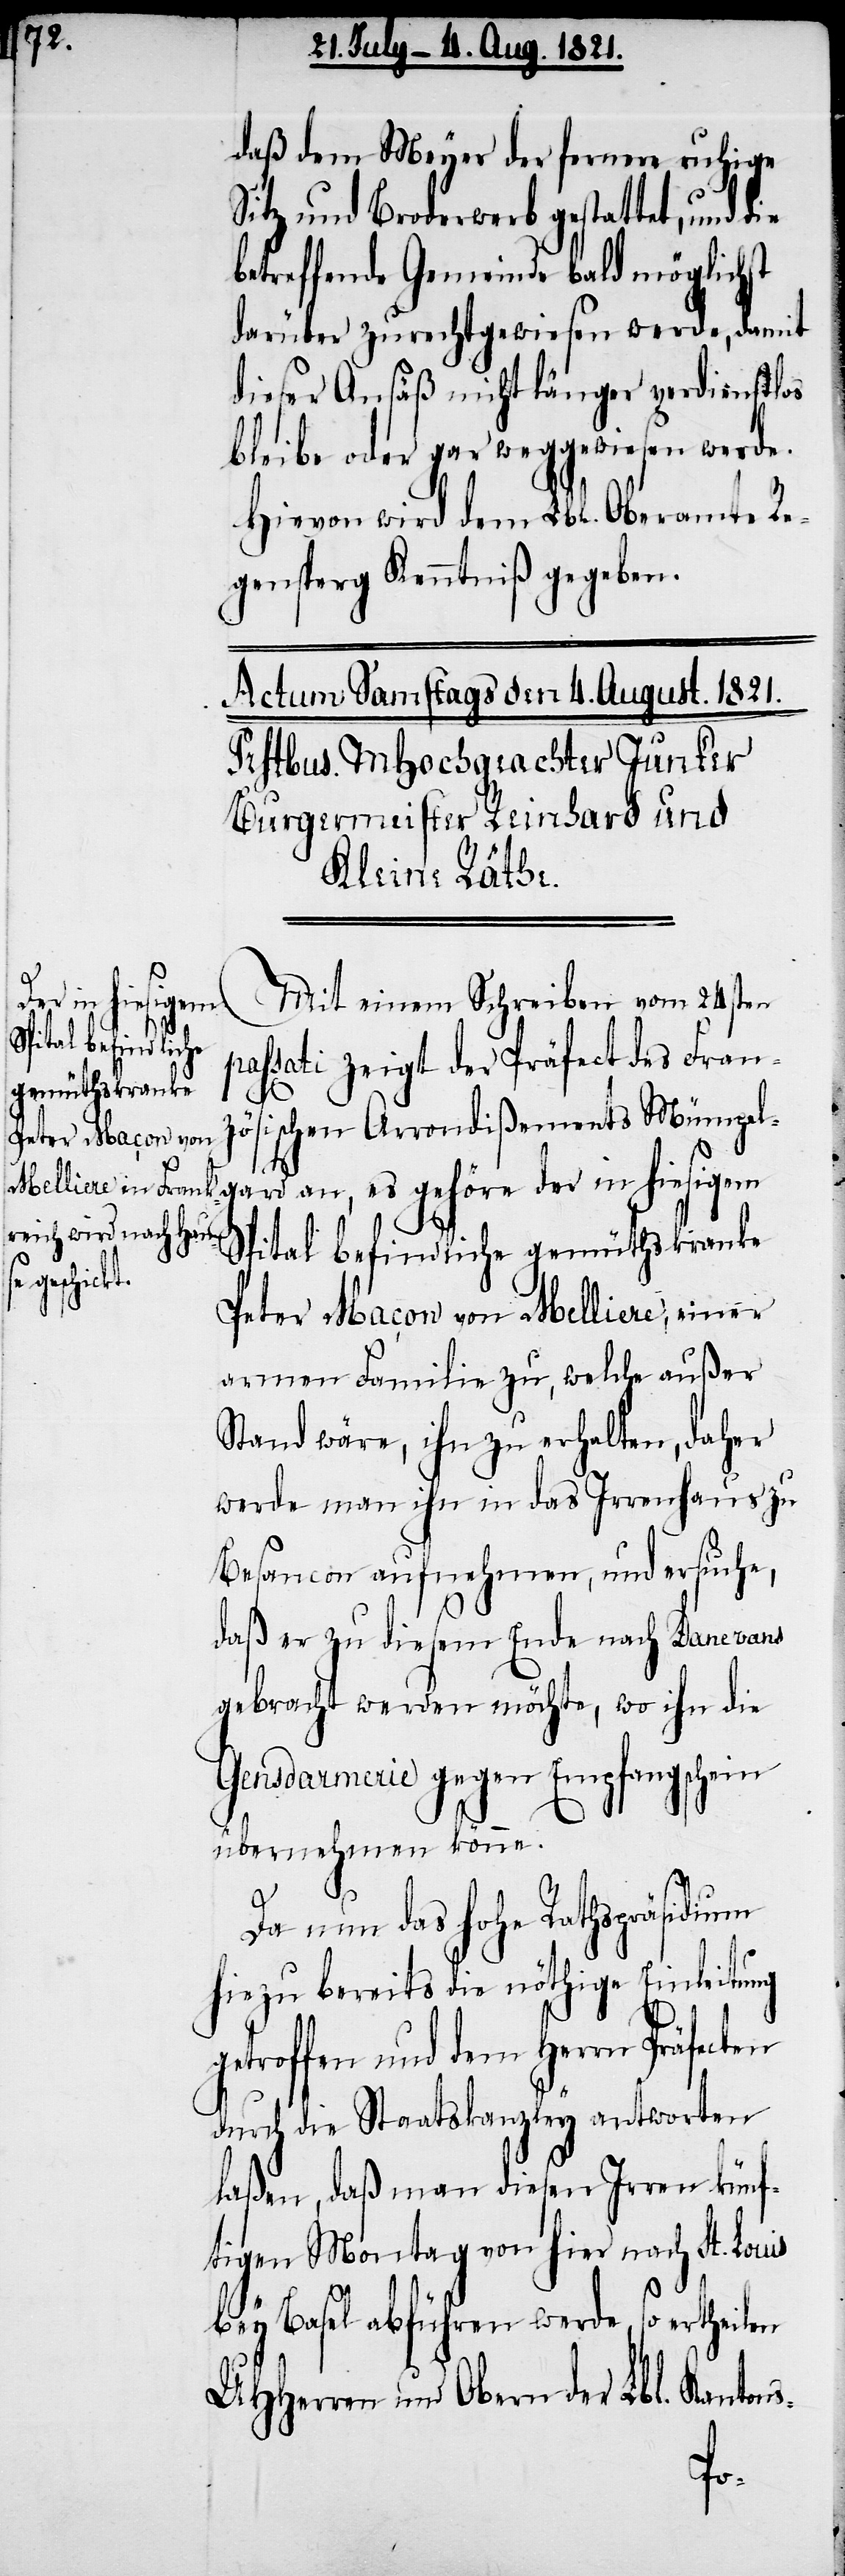
daß dem Meyer der fernere ruhige
Sitz und Broderwerb gestattet, und die
betreffende Gemeinde bald möglichst
darüber zurechtgewiesen werde, damit
dieser Ansäß nicht länger verdienstlos
bleibe oder gar weggewiesen werde.
Hievon wird dem Lbl. Oberamte Re¬
gensperg Kenntniß gegeben.
Mit einem Schreiben vom 24sten
Spital befindliche
passati zeigt der Präfect des Franz¬
gemüthskranke
ösischen Arrondißements Mümpel¬
gard an, es gehöre der in hiesigem
Peter Maçon von Melliere, einer
armen Familie zu, welche außer
Stand wäre, ihn zu erhalten, daher
werde man ihn in das Irrenhaus zu
Besancon aufnehmen, und ersuche,
daß er zu diesem Ende nach Danevans
gebracht werden möchte, wo ihn die
Gensdarmerie gegen Empfangsschein
übernehmen könne.
Da nun das hohe Rathspräsidium
hiezu bereits die nöthige Einleitung
getroffen und dem Herrn Präfe¬
durch die Staatskanzley antworten
laßen, daß man diesen Irren künf¬
tigen Montag von hier nach St. Lou¬
bey Basel abführen werde, so ertheilen
UHHerren und Obern der Lbl. Kanton¬
s-